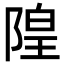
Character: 隍